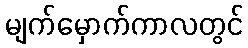
မျက်မှောက်ကာလတွင်